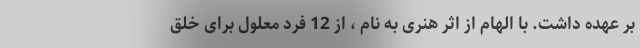
بر عهده داشت. با الهام از اثر هنری به نام ، از 12 فرد معلول برای خلق